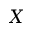
X